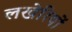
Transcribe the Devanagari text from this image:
लखेरियों